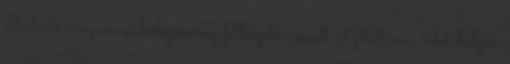
elhaladó magassági hidegörvény felhőzete vonult át felettünk, több helyen